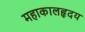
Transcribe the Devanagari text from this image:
महाकालहृदय